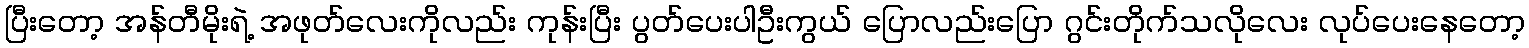
ပြီးတော့ အန်တီမိုးရဲ့ အဖုတ်လေးကိုလည်း ကုန်းပြီး ပွတ်ပေးပါဦးကွယ် ပြောလည်းပြော ဂွင်းတိုက်သလိုလေး လုပ်ပေးနေတော့